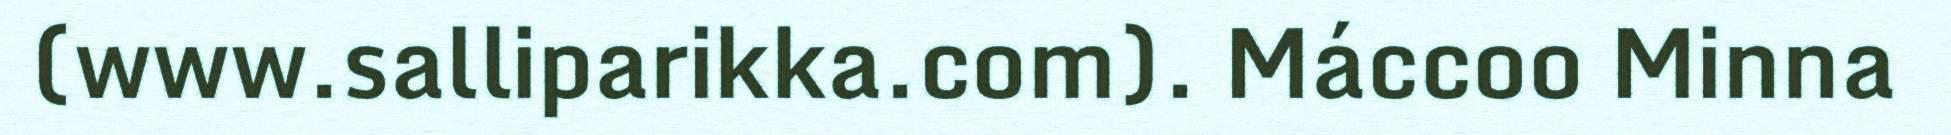
(www.salliparikka.com). Máccoo Minna